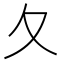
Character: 夂